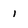
Character: l